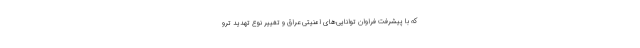
که با پیشرفت فراوان توانایی‌های امنیتی عراق و تغییر نوع تهدید ترو